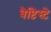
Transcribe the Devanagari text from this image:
बैप्टिस्टे